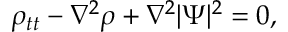
\rho _ { t t } - \nabla ^ { 2 } \rho + \nabla ^ { 2 } | \Psi | ^ { 2 } = 0 ,